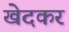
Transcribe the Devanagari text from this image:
खेदकर